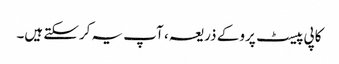
کاپی پیسٹ پرو کے ذریعہ ، آپ یہ کرسکتے ہیں۔